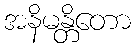
အနိမန္တိတော